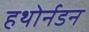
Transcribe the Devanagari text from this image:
हथोर्नडन